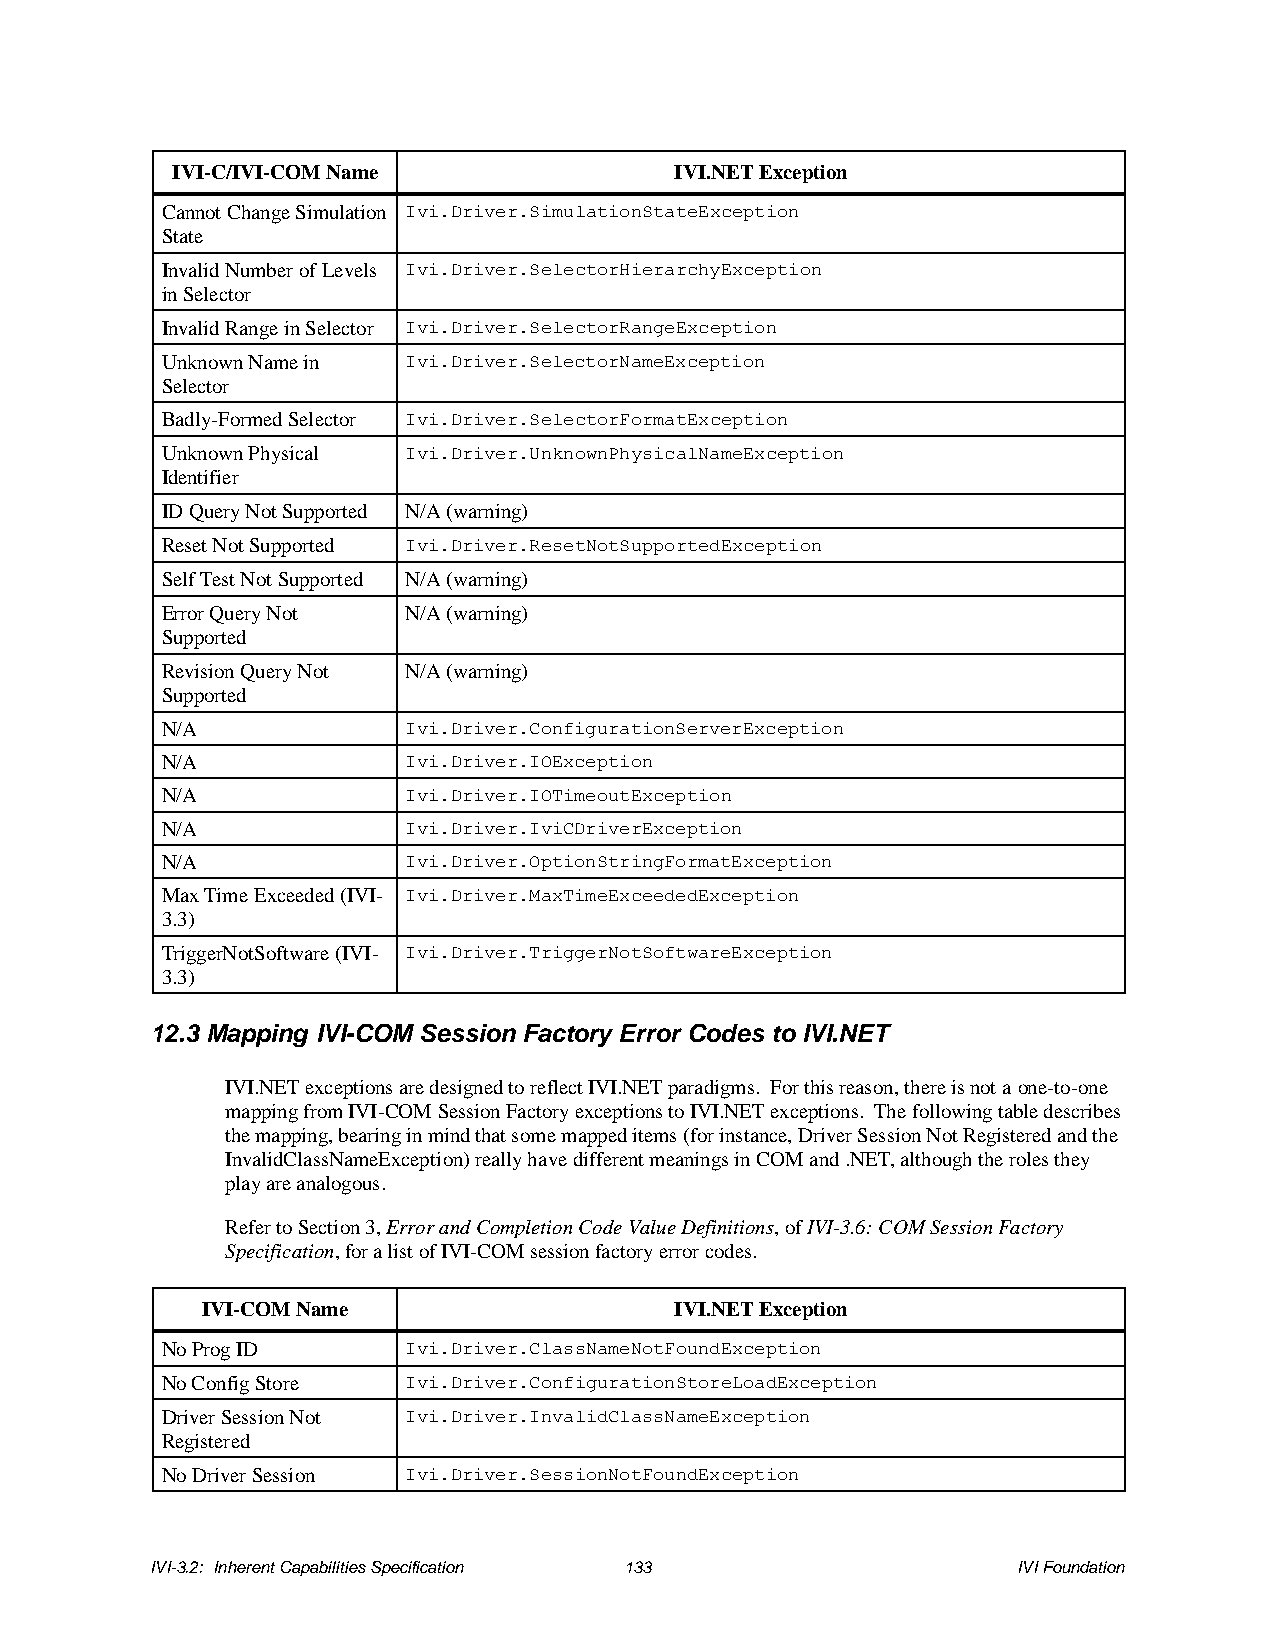
IVI-C/IVI-COM Name                IVI.NET Exception
 Cannot Change Simulation Ivi.Driver.SimulationStateException
 State
 Invalid Number of Levels Ivi.Driver.SelectorHierarchyException
 in Selector
 Invalid Range in Selector Ivi.Driver.SelectorRangeException
 Unknown Name in Ivi.Driver.SelectorNameException
 Selector
 Badly-Formed Selector Ivi.Driver.SelectorFormatException
 Unknown Physical Ivi.Driver.UnknownPhysicalNameException
 Identifier
 ID Query Not Supported N/A (warning)
 Reset Not Supported Ivi.Driver.ResetNotSupportedException
 Self Test Not Supported N/A (warning)
 Error Query Not N/A (warning)
 Supported
 Revision Query Not N/A (warning)
 Supported
 N/A             Ivi.Driver.ConfigurationServerException
 N/A             Ivi.Driver.IOException
 N/A             Ivi.Driver.IOTimeoutException
 N/A             Ivi.Driver.IviCDriverException
 N/A             Ivi.Driver.OptionStringFormatException
 Max Time Exceeded (IVI- Ivi.Driver.MaxTimeExceededException
 3.3)
 TriggerNotSoftware (IVI- Ivi.Driver.TriggerNotSoftwareException
 3.3)
 12.3 Mapping IVI-COM Session Factory Error Codes to IVI.NET
 IVI.NET exceptions are designed to reflect IVI.NET paradigms. For this reason, there is not a one-to-one
 mapping from IVI-COM Session Factory exceptions to IVI.NET exceptions. The following table describes
 the mapping, bearing in mind that some mapped items (for instance, Driver Session Not Registered and the
 InvalidClassNameException) really have different meanings in COM and .NET, although the roles they
 play are analogous.
 Refer to Section 3, Error and Completion Code Value Definitions, of IVI-3.6: COM Session Factory
 Specification, for a list of IVI-COM session factory error codes.
 IVI-COM Name                    IVI.NET Exception
 No Prog ID      Ivi.Driver.ClassNameNotFoundException
 No Config Store Ivi.Driver.ConfigurationStoreLoadException
 Driver Session Not Ivi.Driver.InvalidClassNameException
 Registered
 No Driver Session Ivi.Driver.SessionNotFoundException
 IVI-3.2: Inherent Capabilities Specification 133         IVI Foundation